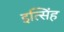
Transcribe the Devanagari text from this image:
इत्सिंह